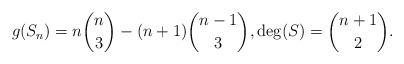
LaTeX: \begin{align*}g(S_n)=n\binom{n}{3} - (n+1) \binom{n-1}{3}, \deg(S)= \binom{n+1}{2}.\end{align*}